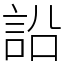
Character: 䛇